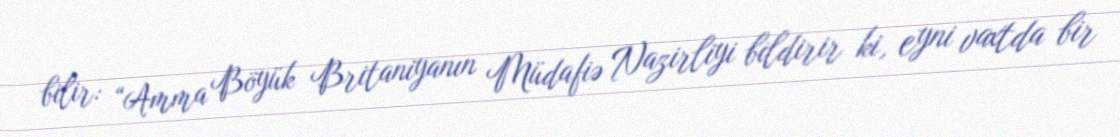
bilir: “Amma Böyük Britaniyanın Müdafiə Nazirliyi bildirir ki, eyni vaxtda bir